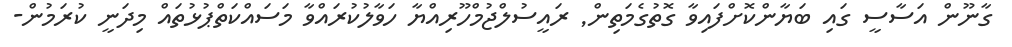
ގާނޫން އަސާސީ ގައި ބަޔާންކޮށްފައިވާ ގޮތުގެމަތިން